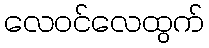
လေဝင်လေထွက်